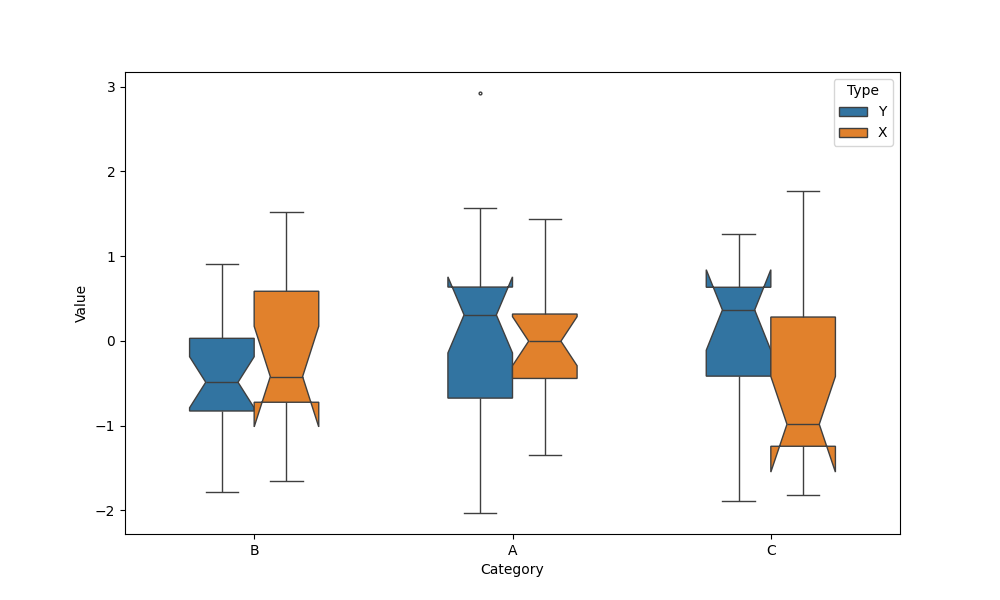
python, seaborn, boxplot, width=0.5, linewidth=1, fliersize=2, notch=True